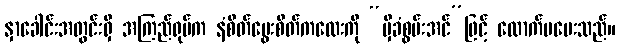
နှာခေါင်းအတွင်းရှိ အကြည်ရုပ်က နံစိတ်မွေးစိတ်ကလေးကို “မှီခံစွမ်းအင်”ဖြင့် ထောက်မပေးသည်။